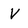
Character: V